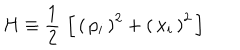
H \equiv { \frac { 1 } { 2 } } \, \left[ \, \left( \, p _ { i } \, \right) ^ { 2 } + \left( \, x _ { i } \, \right) ^ { 2 } \, \right]